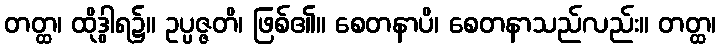
တတ္ထ၊ ထိုဒွါရ၌။ ဥပ္ပဇ္ဇတိ၊ ဖြစ်၏။ စေတနာပိ၊ စေတနာသည်လည်း။ တတ္ထ၊